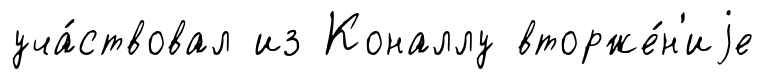
уча́ствовал из Коналлу вторже́н'иjе